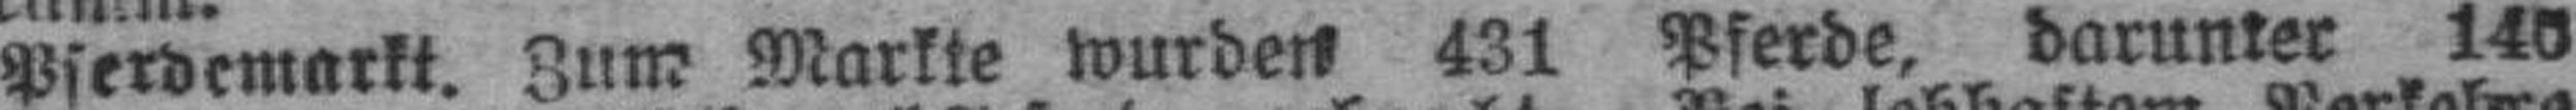
Pferdemarkt. Zum Markte wurden 431 Pferde, darunter 140